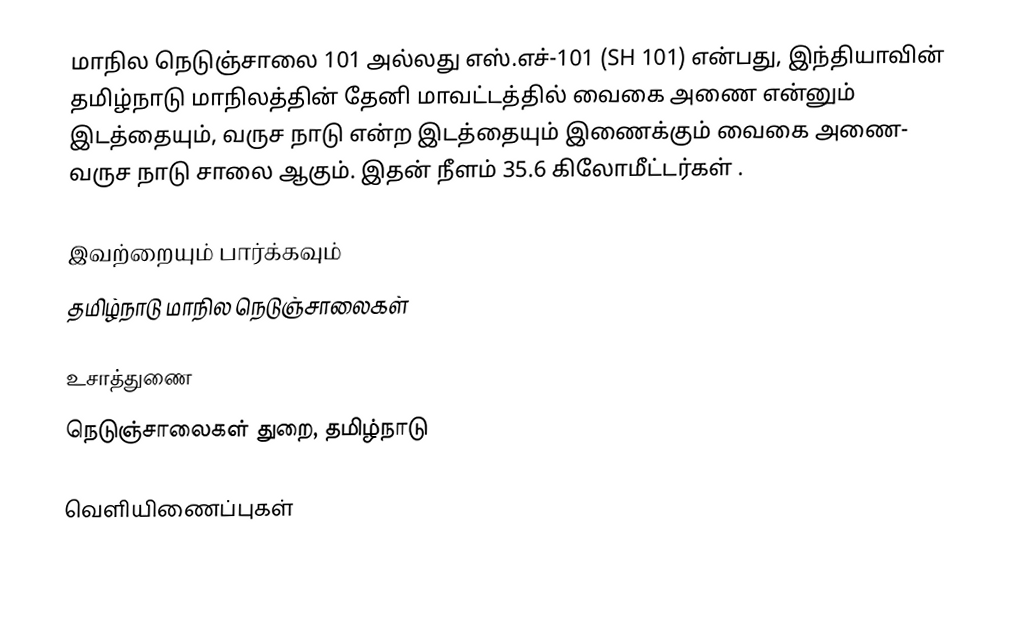
மாநில நெடுஞ்சாலை 101 அல்லது எஸ்.எச்-101 (SH 101) என்பது, இந்தியாவின் தமிழ்நாடு மாநிலத்தின் தேனி மாவட்டத்தில் வைகை அணை என்னும் இடத்தையும், வருச நாடு என்ற இடத்தையும் இணைக்கும் வைகை அணை- வருச நாடு சாலை ஆகும். இதன் நீளம் 35.6  கிலோமீட்டர்கள் .

இவற்றையும் பார்க்கவும்
 தமிழ்நாடு மாநில நெடுஞ்சாலைகள்

உசாத்துணை
 நெடுஞ்சாலைகள் துறை, தமிழ்நாடு

வெளியிணைப்புகள்